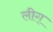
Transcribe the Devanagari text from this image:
लीग्